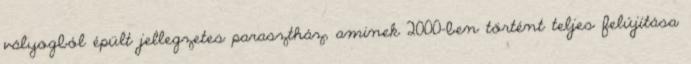
vályogból épült jellegzetes parasztház, aminek 2000-ben történt teljes felújítása